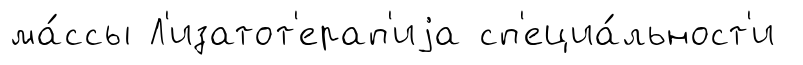
ма́ссы Л'изатот'ерап'иjа сп'ециа́льност'и